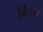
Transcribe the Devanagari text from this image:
ग़िला